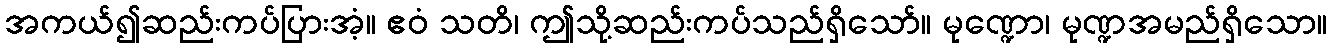
အကယ်၍ဆည်းကပ်ပြားအံ့။ ဧဝံ သတိ၊ ဤသို့ဆည်းကပ်သည်ရှိသော်။ မုဏ္ဍော၊ မုဏ္ဍအမည်ရှိသော။